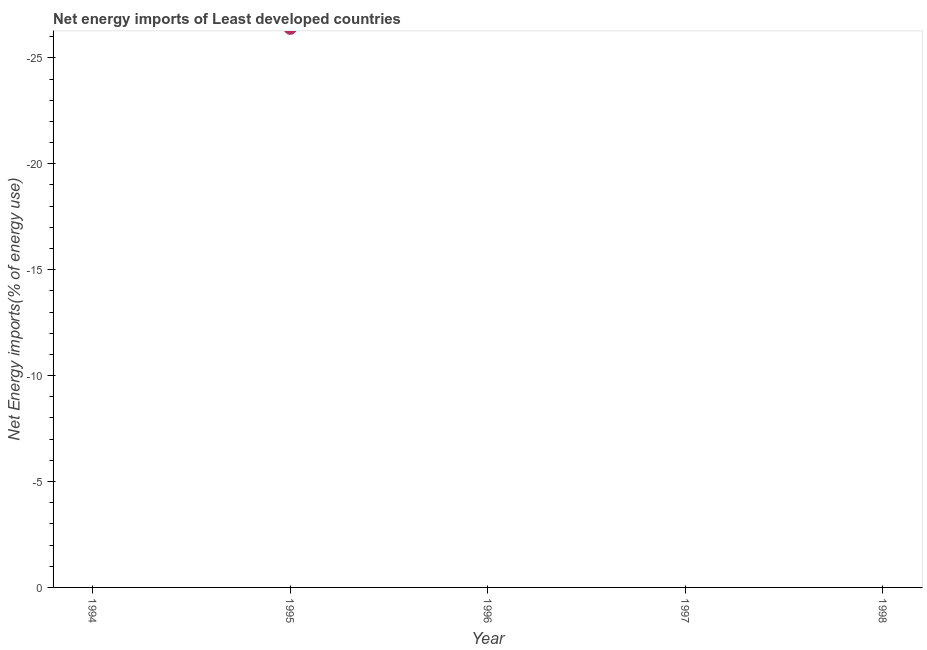
| Year | Energy imports |
 | --- | --- |
 | 1994 | -27.5 |
 | 1995 | -26.4 |
 | 1996 | -27.9 |
 | 1997 | -28 |
 | 1998 | -29.2 |